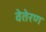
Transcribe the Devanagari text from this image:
वेतेरण